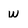
Character: w